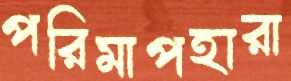
পরিমাপহারা